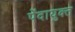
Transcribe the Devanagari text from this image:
पेंदायुक्त